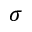
\boldsymbol { \sigma }